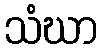
သံဃာ